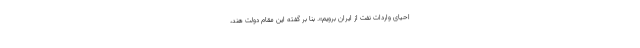
احیای واردات نفت از ایران برویم». بنا بر گفته این مقام دولت هند،